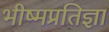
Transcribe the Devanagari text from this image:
भीष्मप्रतिज्ञा